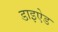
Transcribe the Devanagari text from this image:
डाइऐड